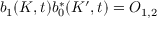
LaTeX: b _ { 1 } ( K , t ) b _ { 0 } ^ { \ast } ( K ^ { \prime } , t ) = O _ { 1 , 2 }